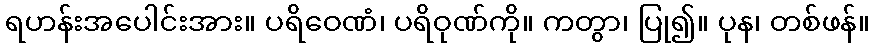
ရဟန်းအပေါင်းအား။ ပရိဝေဏံ၊ ပရိဝုဏ်ကို။ ကတွာ၊ ပြု၍။ ပုန၊ တစ်ဖန်။